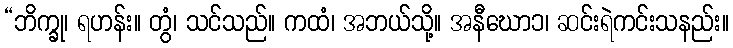
“ဘိက္ခု၊ ရဟန်း။ တွံ၊ သင်သည်။ ကထံ၊ အဘယ်သို့။ အနီဃော၁၊ ဆင်းရဲကင်းသနည်း။